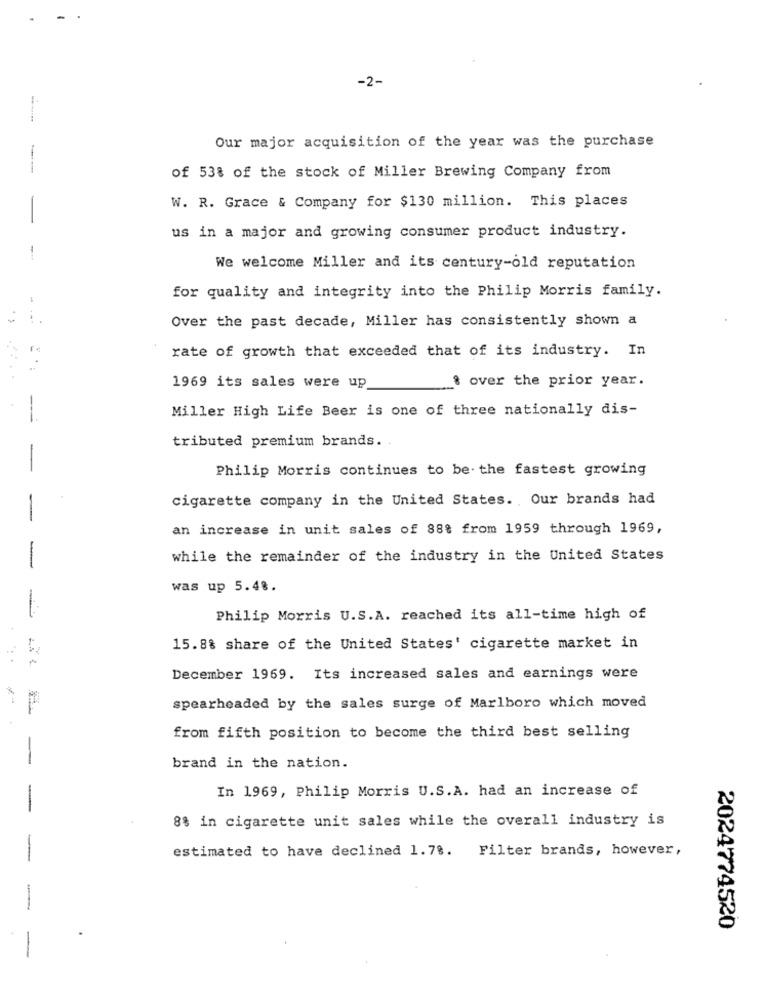
-2-
Our major acquisition of the year was the purchase
of 53% of the stock of Miller Brewing Company from
W. R. Grace & Company for $130 million. This places
us in a major and growing consumer product industry.
-
We welcome Miller and its century-old reputation
for quality and integrity into the Philip Morris family.
Over the past decade, Miller has consistently shown a
rate of growth that exceeded that of its industry. In
& over the prior year.
1969 its sales were up
Miller High Life Beer is one of three nationally dis-
-
tributed premium brands. .
Philip Morris continues to be. the fastest growing
cigarette company in the United States. Our brands had
-
an increase in unit sales of 88% from 1959 through 1969,
while the remainder of the industry in the United States
-
was up 5.48.
Philip Morris U.S.A. reached its all-time high of
15.8% share of the United States' cigarette market in
December 1969. Its increased sales and earnings were
spearheaded by the sales surge of Marlboro which moved
from fifth position to become the third best selling
-
brand in the nation.
In 1969, Philip Morris U.S.A. had an increase of
-
8% in cigarette unit sales while the overall industry is
estimated to have declined 1.78.
Filter brands, however,
2024774520